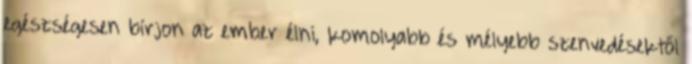
egészségesen bírjon az ember élni, komolyabb és mélyebb szenvedésektől